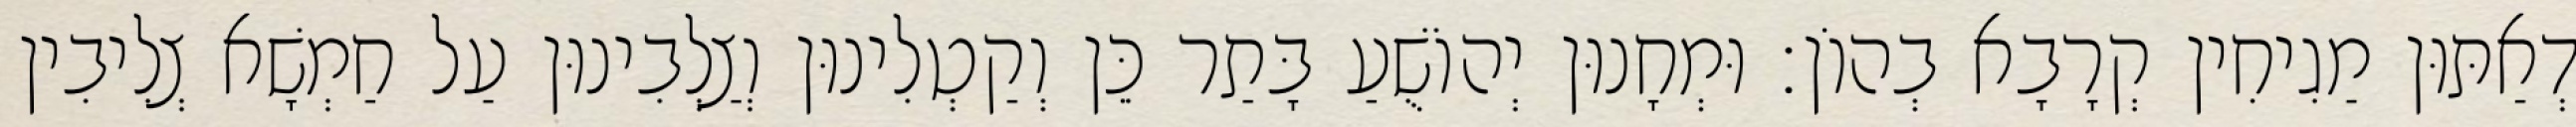
דְאַתּוּן מַגִיחִין קְרָבָא בְהוֹן׃ וּמְחָנוּן יְהוֹשֻׁעַ בָּתַר כֵּן וְקַטְלִינוּן וְצַלְבִינוּן עַל חַמְשָׁא צְלִיבִין